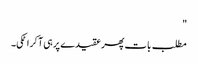
"
مطلب بات پھر عقیدے پر ہی آ کر اٹکی۔